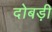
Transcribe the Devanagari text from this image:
दोबड़ी